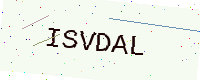
Text: ISVDAL